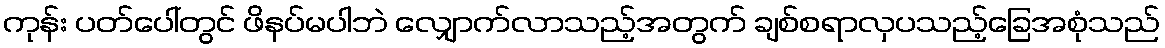
ကုန်း ပတ်ပေါ်တွင် ဖိနပ်မပါဘဲ လျှောက်လာသည့်အတွက် ချစ်စရာလှပသည့်ခြေအစုံသည်